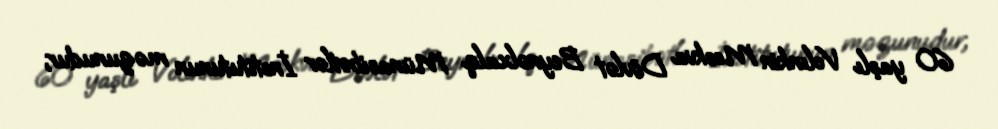
60 yaşlı Volınkin Moskva Dövlət Beynəlxalq Münasibətlər İnstitutunun məzunudur,